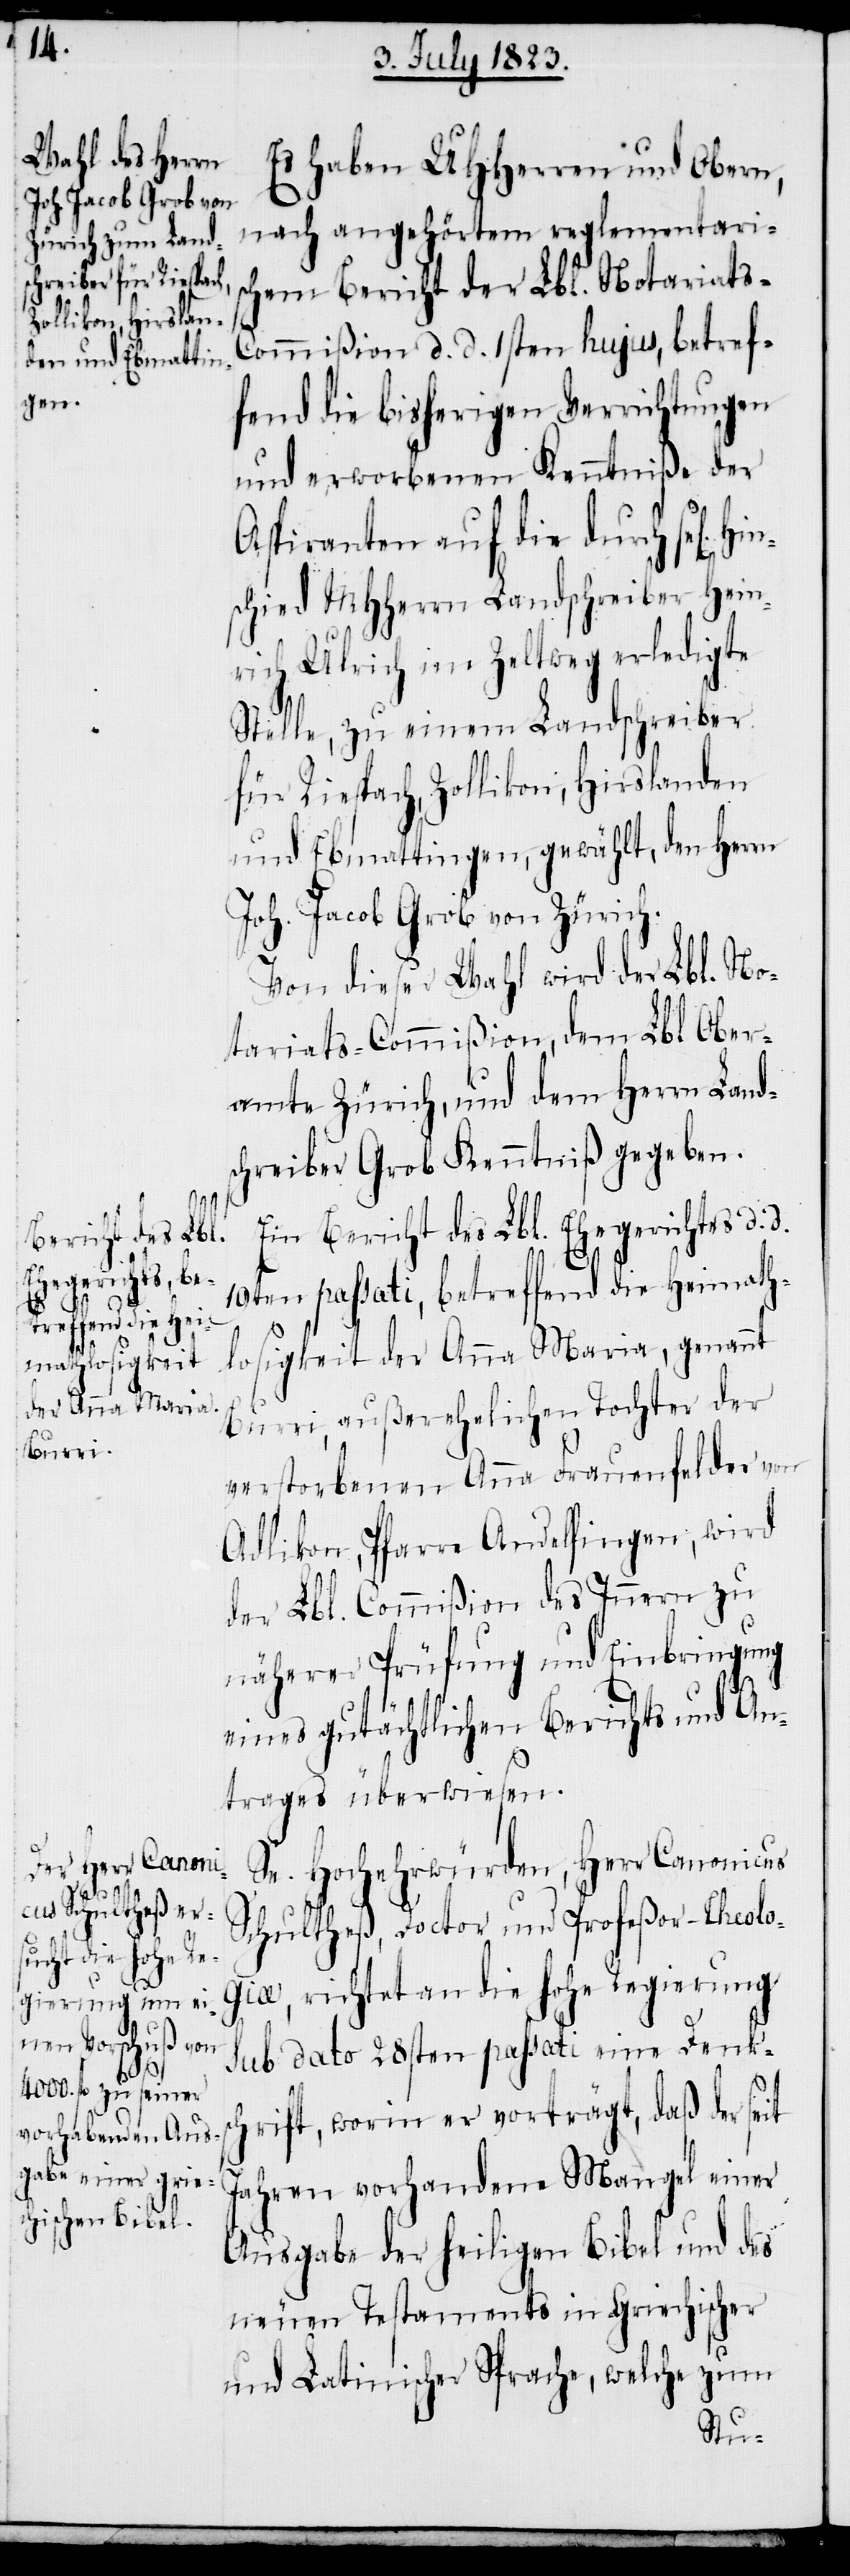
gen]
d.

Es haben UHHerren und Obern,
nach angehörtem reglementaris¬
chem Bericht der Lbl. Notariats-C¬
ommißion d. d. 1sten hujus, betref¬
fend die bisherigen Verrichtungen
und erworbenen Kenntniße der
Aspiranten auf die durch sel[i¬
schied MHHerrn Landschreiber Hein¬
rich Ulrich im Zeltweg erledigte
Stelle, zu einem Landschreiber
für Riespach, Zollikon, Hirslanden
und Ebmattingen, gewählt, den Herrn
Joh. Jacob Grob von Zürich.
Von dieser Wahl wird der Lbl. No¬
tariats-Commißion, dem Lbl Ober¬
amte Zürich, und dem Herrn Land¬
schreiber Grob Kenntniß gegeben.
Ein Bericht des Lbl. Ehegerichtes d.
19ten passati, betreffend die Heimath¬
losigkeit der Anna Maria, genannt
Burri, außerehelichen Tochter der
verstorbenen Anna Frauenfelder von
Adlikon, Pfarre Andelfingen, wird
der Lbl. Commißion des Innern zu
näherer Prüfung und Einbringung
eines gutächtlichen Berichts und An¬
trages überwiesen.
Se. Hochehrwürden, Herr Canonicus
Schultheß, Doctor und Profeßor-Theolo¬
giae, richtet an die hohe Regierung
sub dato 28sten passati eine Denksc¬
hrift, worin er vorträgt, daß der seit
Jahren vorhandene Mangel einer
Ausgabe der heiligen Bibel und des
neuen Testaments in Griechischer
und Latinischer Sprache, welche zum
Hin¬